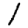
Digit: 1